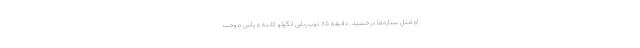
او مثل ستاره‌ها درخشید. دقیقه ۸۵ توپ‌ربایی انگولو کانته و پاس موجب